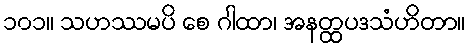
၁၀၁။ သဟဿမပိ စေ ဂါထာ၊ အနတ္ထပဒသံဟိတာ။